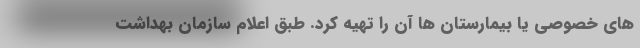
های خصوصی یا بیمارستان ها آن را تهیه کرد. طبق اعلام سازمان بهداشت